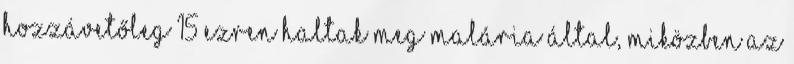
hozzávetőleg 15 ezren haltak meg malária által, miközben az